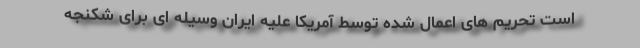
است تحریم های اعمال شده توسط آمریکا علیه ایران وسیله ای برای شکنجه